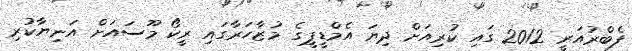
ފެބްރުއަރީ 2012 ގައި ކުރިއަށް ދިޔަ އެމްޑީޕީގެ މުޒާހަރާގައި ރީކޯ މޫސައަށް އަނިޔާކުރި